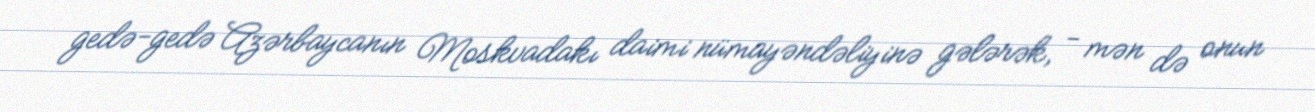
gedə-gedə Azərbaycanın Moskvadakı daimi nümayəndəliyinə gələrək, - mən də onun